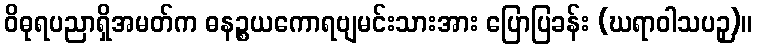
ဝိဓုရပညာရှိအမတ်က ဓနဉ္စယကောရဗျမင်းသားအား ပြောပြခန်း (ဃရာဝါသပဉှ)။